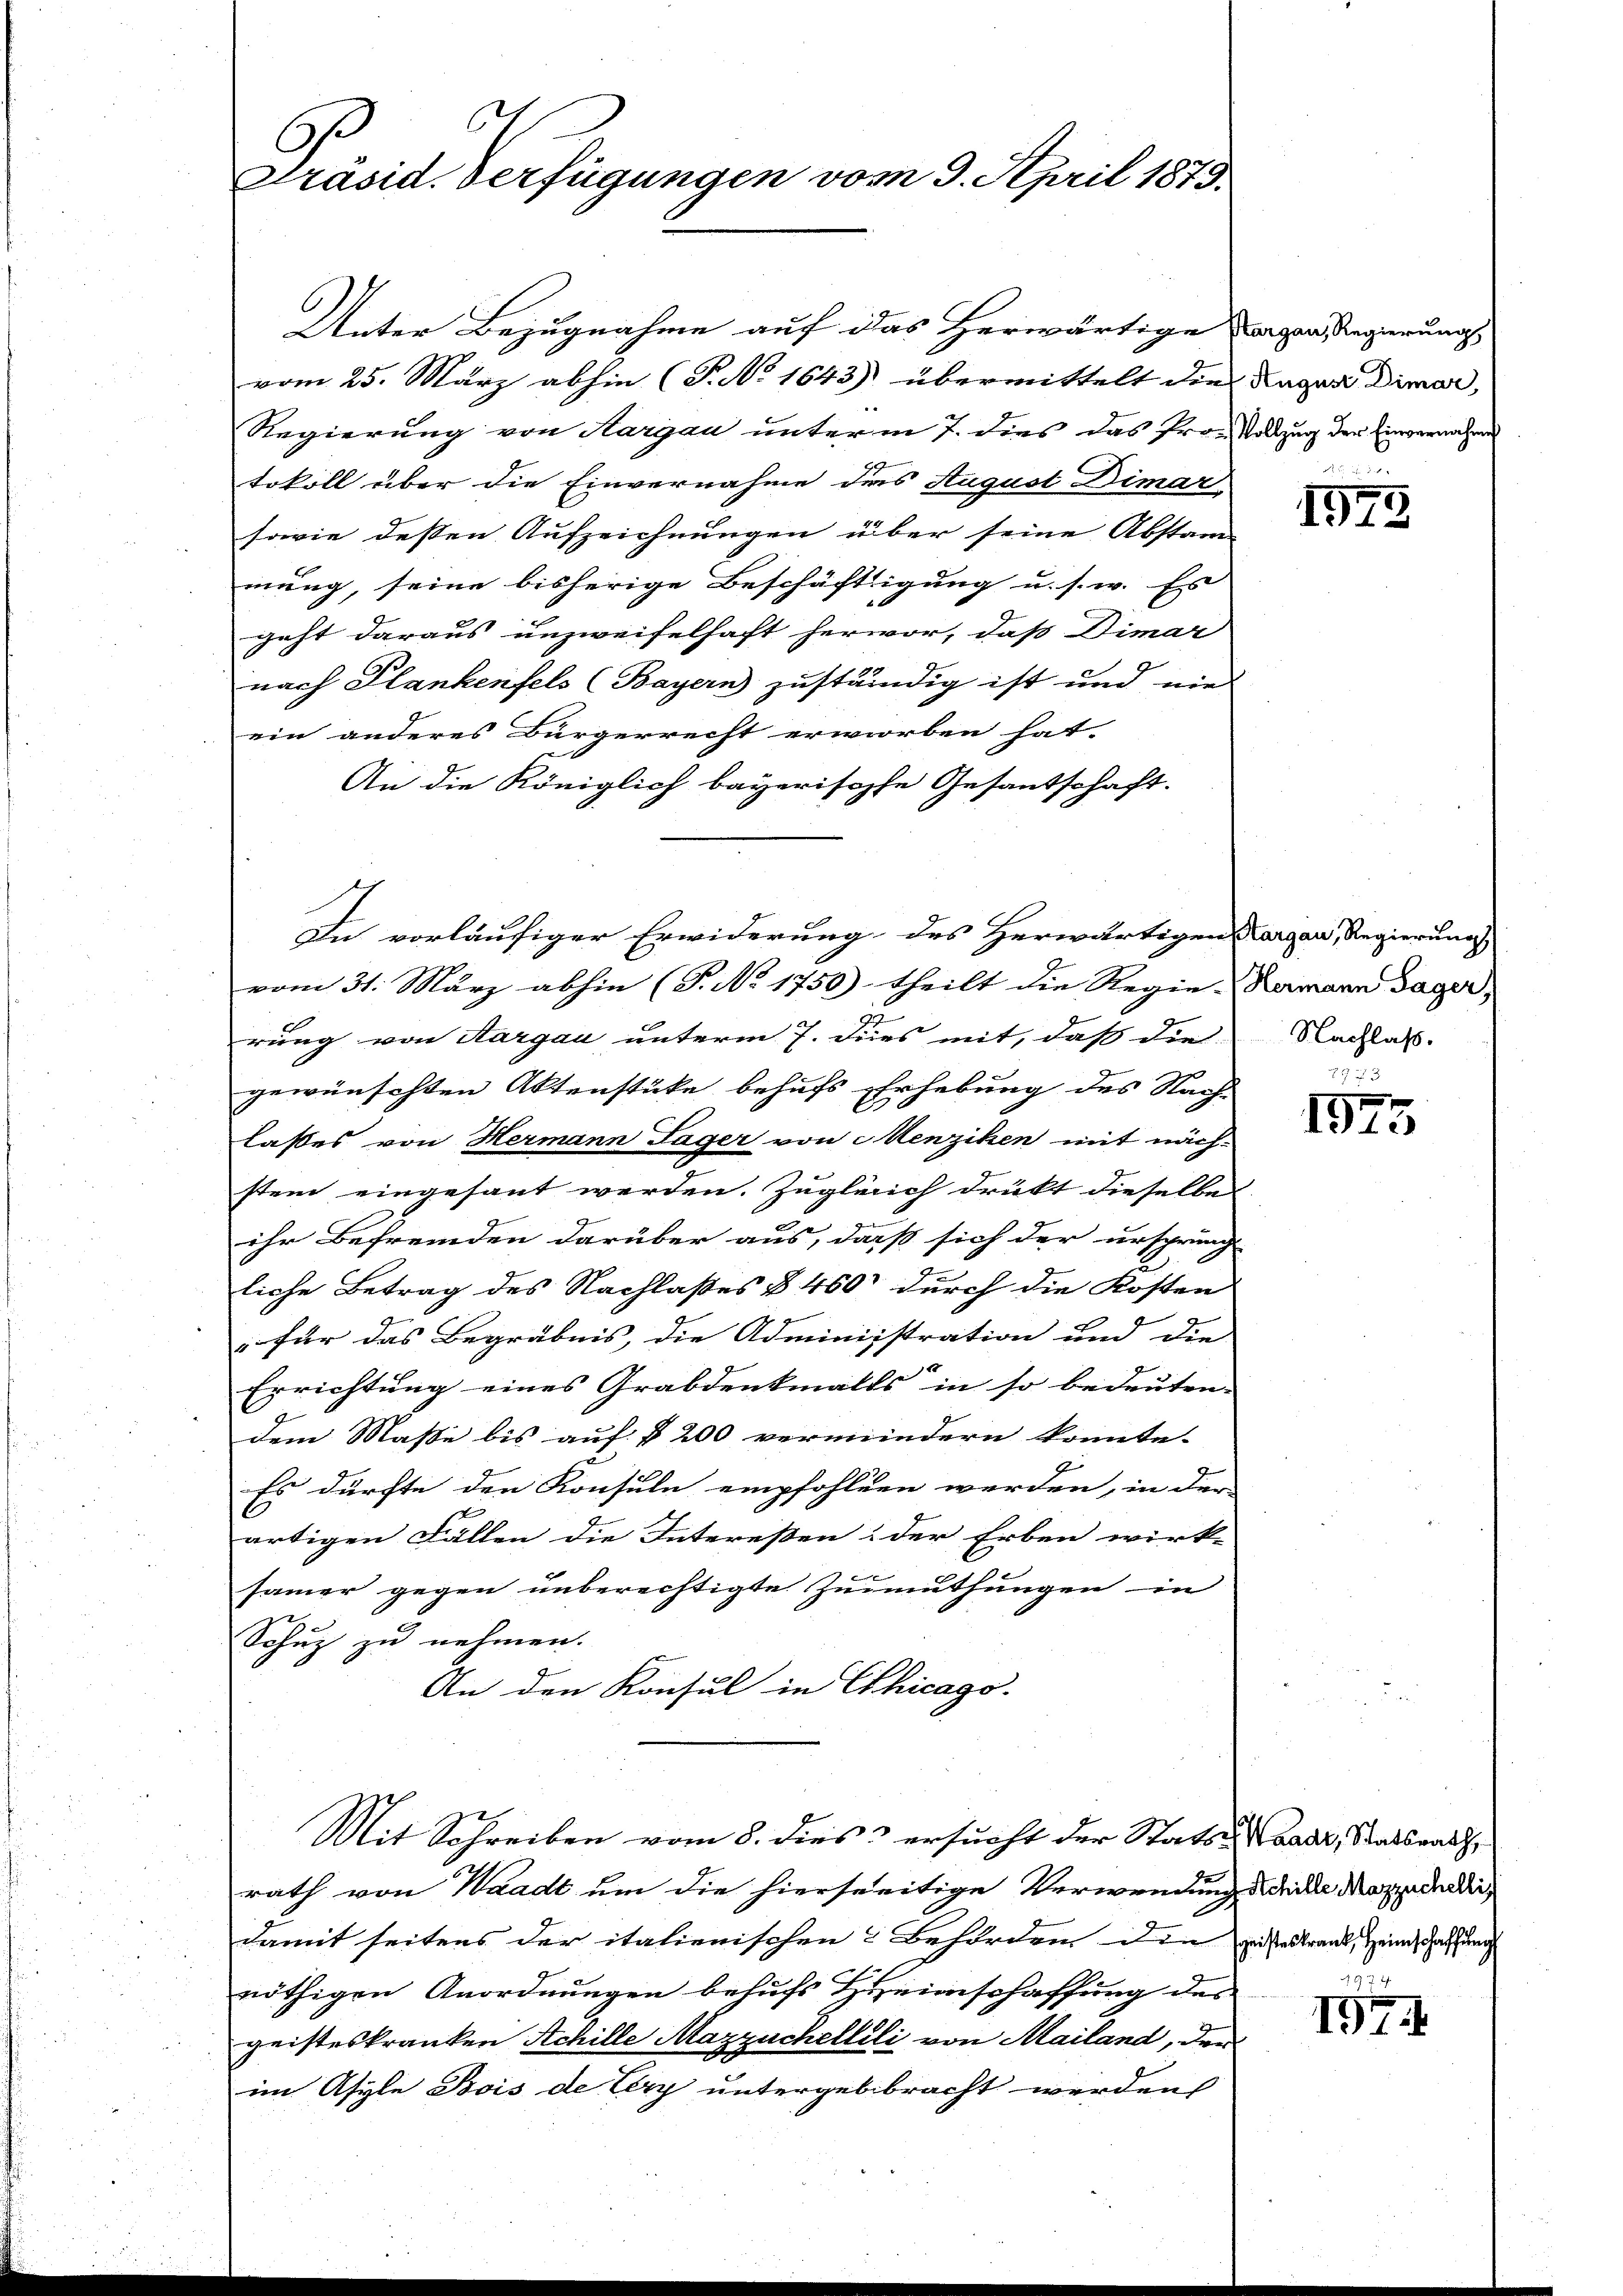
Präsid. Verfügungen vom 3. April 1873.

Unter Bezugnahme auf das Herwärtige Lager Regierungs
vom 25. März abhin (P. No 1643) übermittelt die
Regierung von Hargau unterm 7. dies das frau Vollzug der Einvernahmen
tokoll über die Einvernahme des August Dimar
sowie dessen Aufzeichnungen über seine Abstand
mung, seine bisherige Beschäftigung u. s. w. Es
geht daraus unzweifelhaft hervor, daß Dimar
nach Plankenfels (Bayern) zuständig ist und nie
ein anderes Bürgerrecht erworben hat
An die Königlich bayerische Gesantschaft.
In vorläufiger Erwiderung des Herwärtigen Kargau, Regierung
vom 31. März abhin (T. No 1750) theilt die Regie-Namann Tager,
rung von Aargau unterm 7. Dies mit, daß die
gewünschten Aktenstüke behufs Erhebung des Nach-
lasses von Hermann Lager von Menziken mit näch-
stem eingesant werden. Zugleich drukt dieselben
ihr Befremden darüber aus, daß sich der ursprung
2
liche Betrag des Nachlasses § 400 durch die Kosten
für das Begräbnis, die Administration und die |
Errichtung eines Grabdenkmalls in so bedeuten. |
dem Masse bis auf § 200 vermeindern konnte.
Es dürfte den Konsuln empfohlen werden, in der
artigen Fällen die Interessen & der Erben wirk-
samer gegen unberechtigte Zumuthungen in
Schuz zu nehmen.
An den Konsul in Chicago.
Mit Schreiben vom 8. dies 3 ersucht der Statt u. Waadt, Staatsrath,
rath von Waadt um die hierseitige Verwendung seine Maxzedder,
damit seitens der italienischen Behörden den gesteskrank, Heimschaffung
nöthigen Anordnungen behufs Heinschaffung des
geisteskranken Achille Mazzuchelleli von Mailand, den
im Asyle Bois de Lery untergebbracht werden

August Dimar,

n
1923

Nachlaß.

e
1915

u
197.